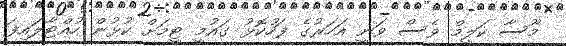
މޫސާ ކަލީމް ވެސް ވަނީ އަހަރުގެ ފަހުކޮޅު ގައުމީ ޓީމަށް ކުޅުން ހުއްޓާލައިފަ